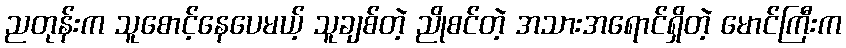
ညတုန်းက သူစောင့်နေပေမယ့် သူချစ်တဲ့ ညိုစင်တဲ့ အသားအရောင်ရှိတဲ့ မောင်ကြီးက